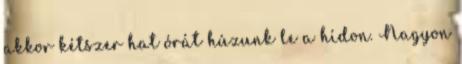
akkor kétszer hat órát húzunk le a hídon. Nagyon